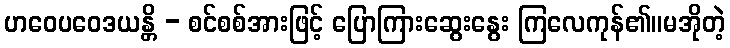
ဟဝေပဝေဒယန္တိ - စင်စစ်အားဖြင့် ပြောကြားဆွေးနွေး ကြလေကုန်၏။မအိုတဲ့